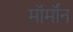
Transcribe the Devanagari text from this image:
मॉर्मॉन